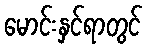
မောင်းနှင်ရာတွင်